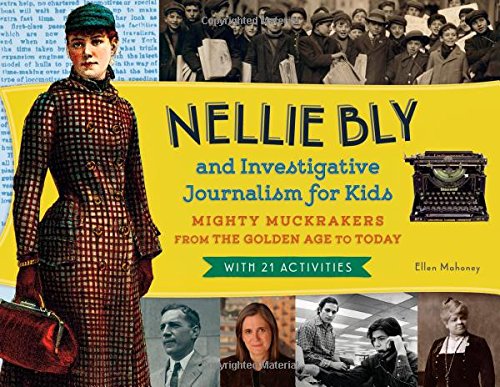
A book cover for Nellie Bly and Investigative Journalism for Kids: Mighty Muckrakers from the Golden Age to Today, with 21 Activities (For Kids series); Ellen Mahoney; Children's Books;